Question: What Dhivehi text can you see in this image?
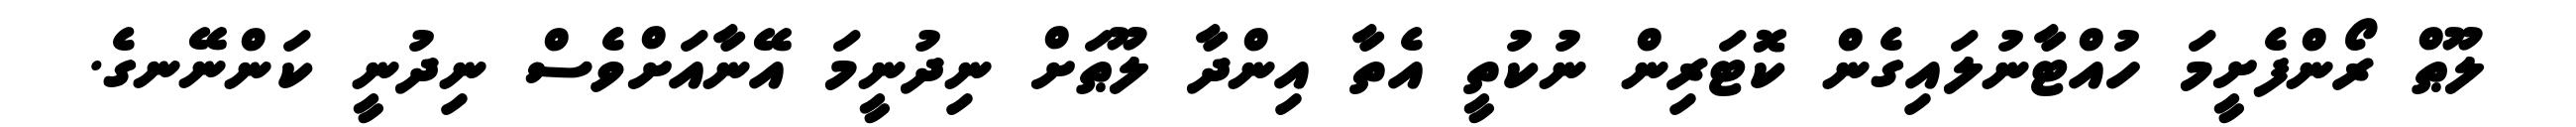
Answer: ލޫޠް ރޯންފެށީމަ ހުއްޓާނުލައިގެން ކޮޓަރިން ނުކުތީ އެތާ އިންދާ ލޫޠަށް ނިދުނީމަ އޭނާއަށްވެސް ނިދުނީ ކަންނޭނގެ.